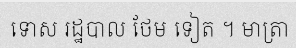
ទោស រដ្ឋបាល ថែម ទៀត ។ មាត្រា